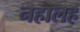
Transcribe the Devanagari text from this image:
नहालह